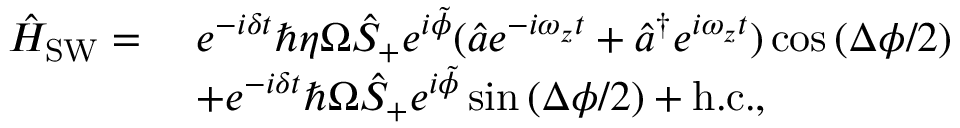
\begin{array} { r l } { \hat { H } _ { \mathrm { S W } } = \ } & { e ^ { - i \delta t } \hbar \eta \Omega \hat { S } _ { + } e ^ { i \tilde { \phi } } ( \hat { a } e ^ { - i \omega _ { z } t } + \hat { a } ^ { \dagger } e ^ { i \omega _ { z } t } ) \cos \left( \Delta \phi / 2 \right) } \\ & { + e ^ { - i \delta t } \hbar \Omega \hat { S } _ { + } e ^ { i \tilde { \phi } } \sin \left( \Delta \phi / 2 \right) + \mathrm { h . c . } , } \end{array}